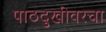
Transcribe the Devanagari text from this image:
पाठदुखीवरचा